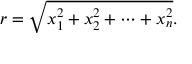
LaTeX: r = { \sqrt { x _ { 1 } ^ { 2 } + x _ { 2 } ^ { 2 } + \cdots + x _ { n } ^ { 2 } } } .